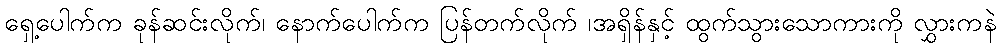
ရှေ့ပေါက်က ခုန်ဆင်းလိုက်၊ နောက်ပေါက်က ပြန်တက်လိုက် ၊အရှိန်နှင့် ထွက်သွားသောကားကို လွှားကနဲ